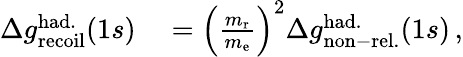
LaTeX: \begin{array}{rl}{\Delta g_{\mathrm{recoil}}^{\mathrm{had.}}(1s)}&{{}=\left(\frac{m_{\mathrm{r}}}{m_{\mathrm{e}}}\right)^{2}\Delta g_{\mathrm{non-rel.}}^{\mathrm{had.}}(1s)\, ,}\end{array}